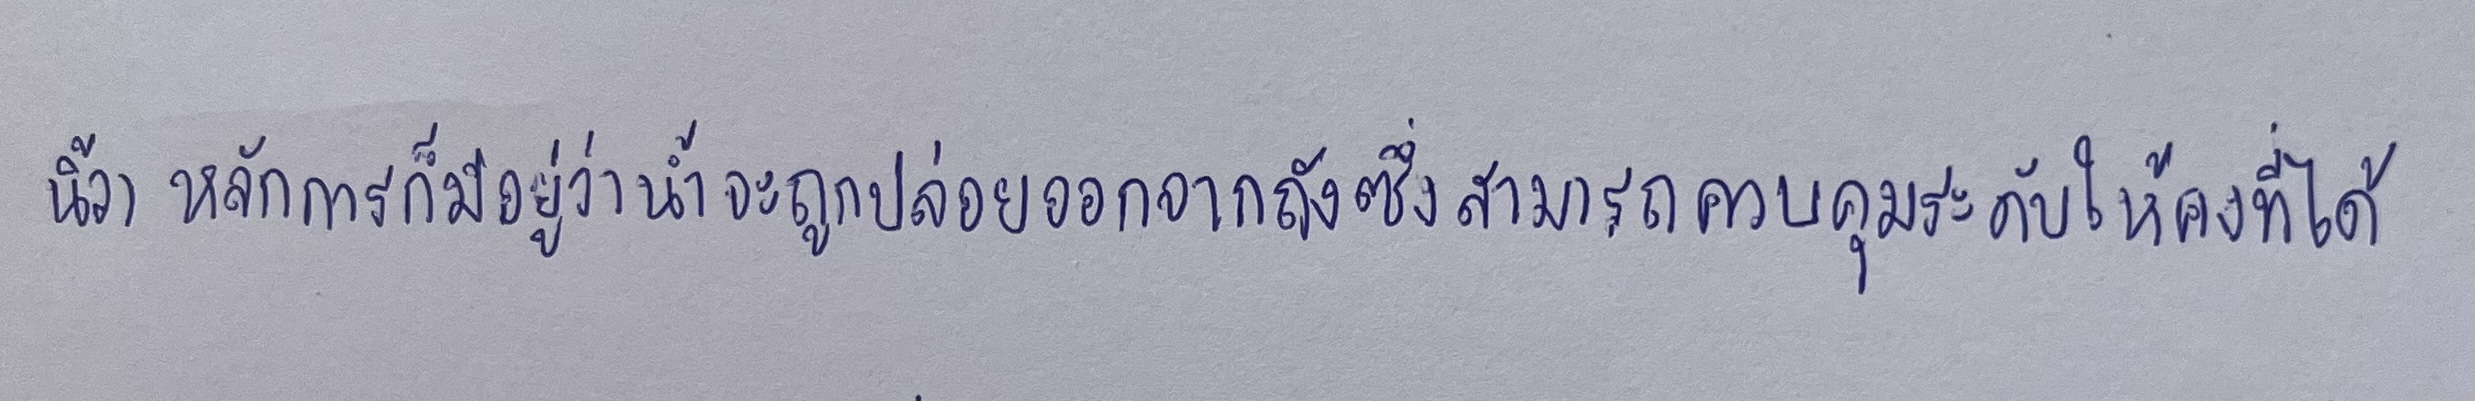
นิ้ว)หลักการก็มีอยู่ว่าน้ำจะถูกปล่อยออกจากถังซึ่งสามารถควบคุมระดับให้คงที่ได้